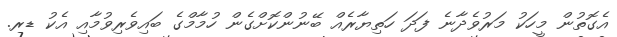
އެގޮތުން މީހަކު މަރުވެދާނެ ފަދަ ހަތިޔާރެއް ބޭނުންކޮށްގެން ހުމާމްގެ ބައިވެރިވުމާއި އެކު ޑރ.